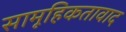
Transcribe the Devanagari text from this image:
सामूहिकतावाद